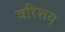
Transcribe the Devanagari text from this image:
वरिशय्